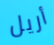
أريل